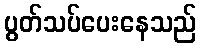
ပွတ်သပ်ပေးနေသည်